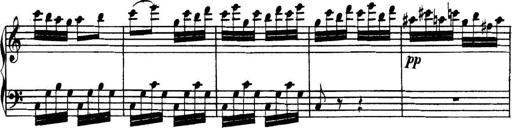
Title: Collected Piano Sonatas
Composer: Muzio Clementi